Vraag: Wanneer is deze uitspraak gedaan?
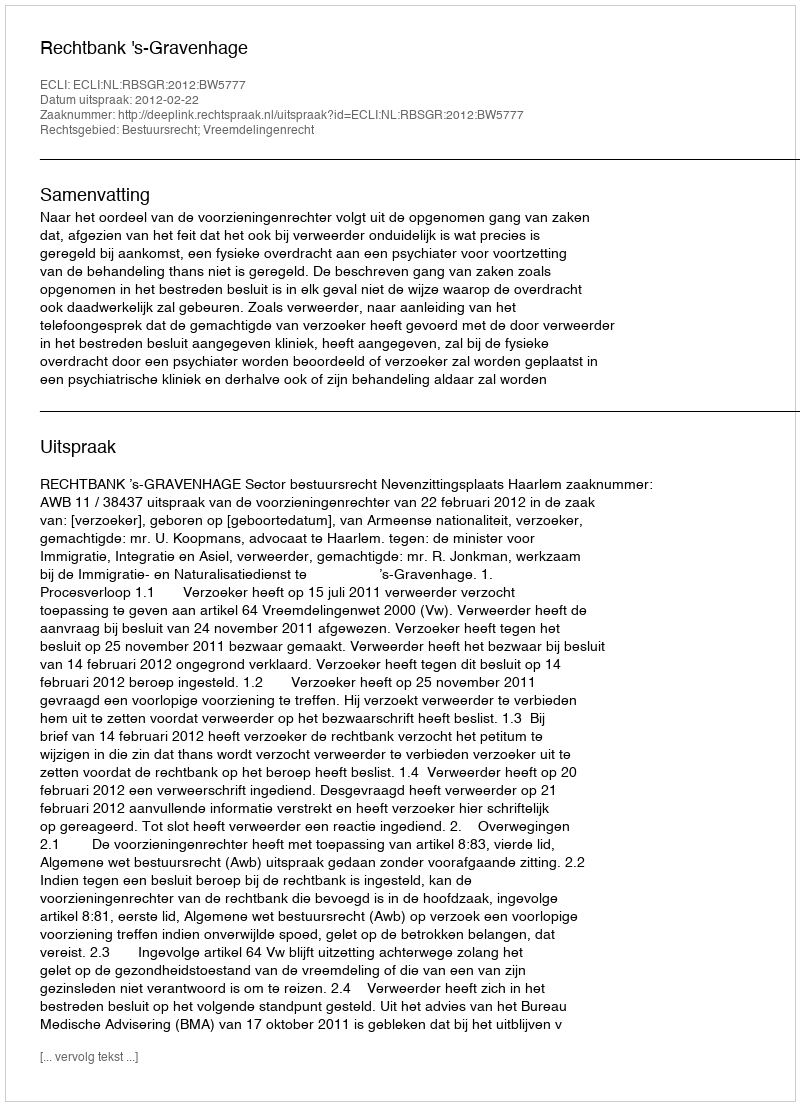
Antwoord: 2012-02-22